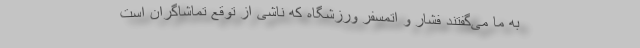
به ما می‌گفتند فشار و اتمسفر ورزشگاه که ناشی از توقع تماشاگران است